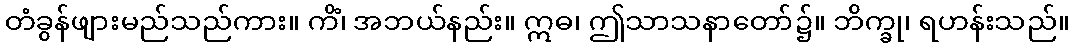
တံခွန်ဖျားမည်သည်ကား။ ကိံ၊ အဘယ်နည်း။ ဣဓ၊ ဤသာသနာတော်၌။ ဘိက္ခု၊ ရဟန်းသည်။